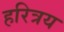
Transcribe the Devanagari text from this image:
हरित्रय